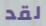
لقد